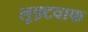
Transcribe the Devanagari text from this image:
लूफ़्टवाफ